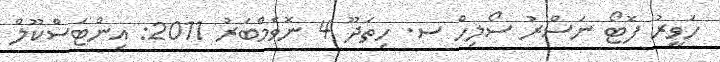
ހަވީރު ފޮޓޯ ނަސްރު ސޯލިހް ސ. ހިތަދޫ 4 ނޮވެމްބަރު 2011: އިންޓަސްކޫލް